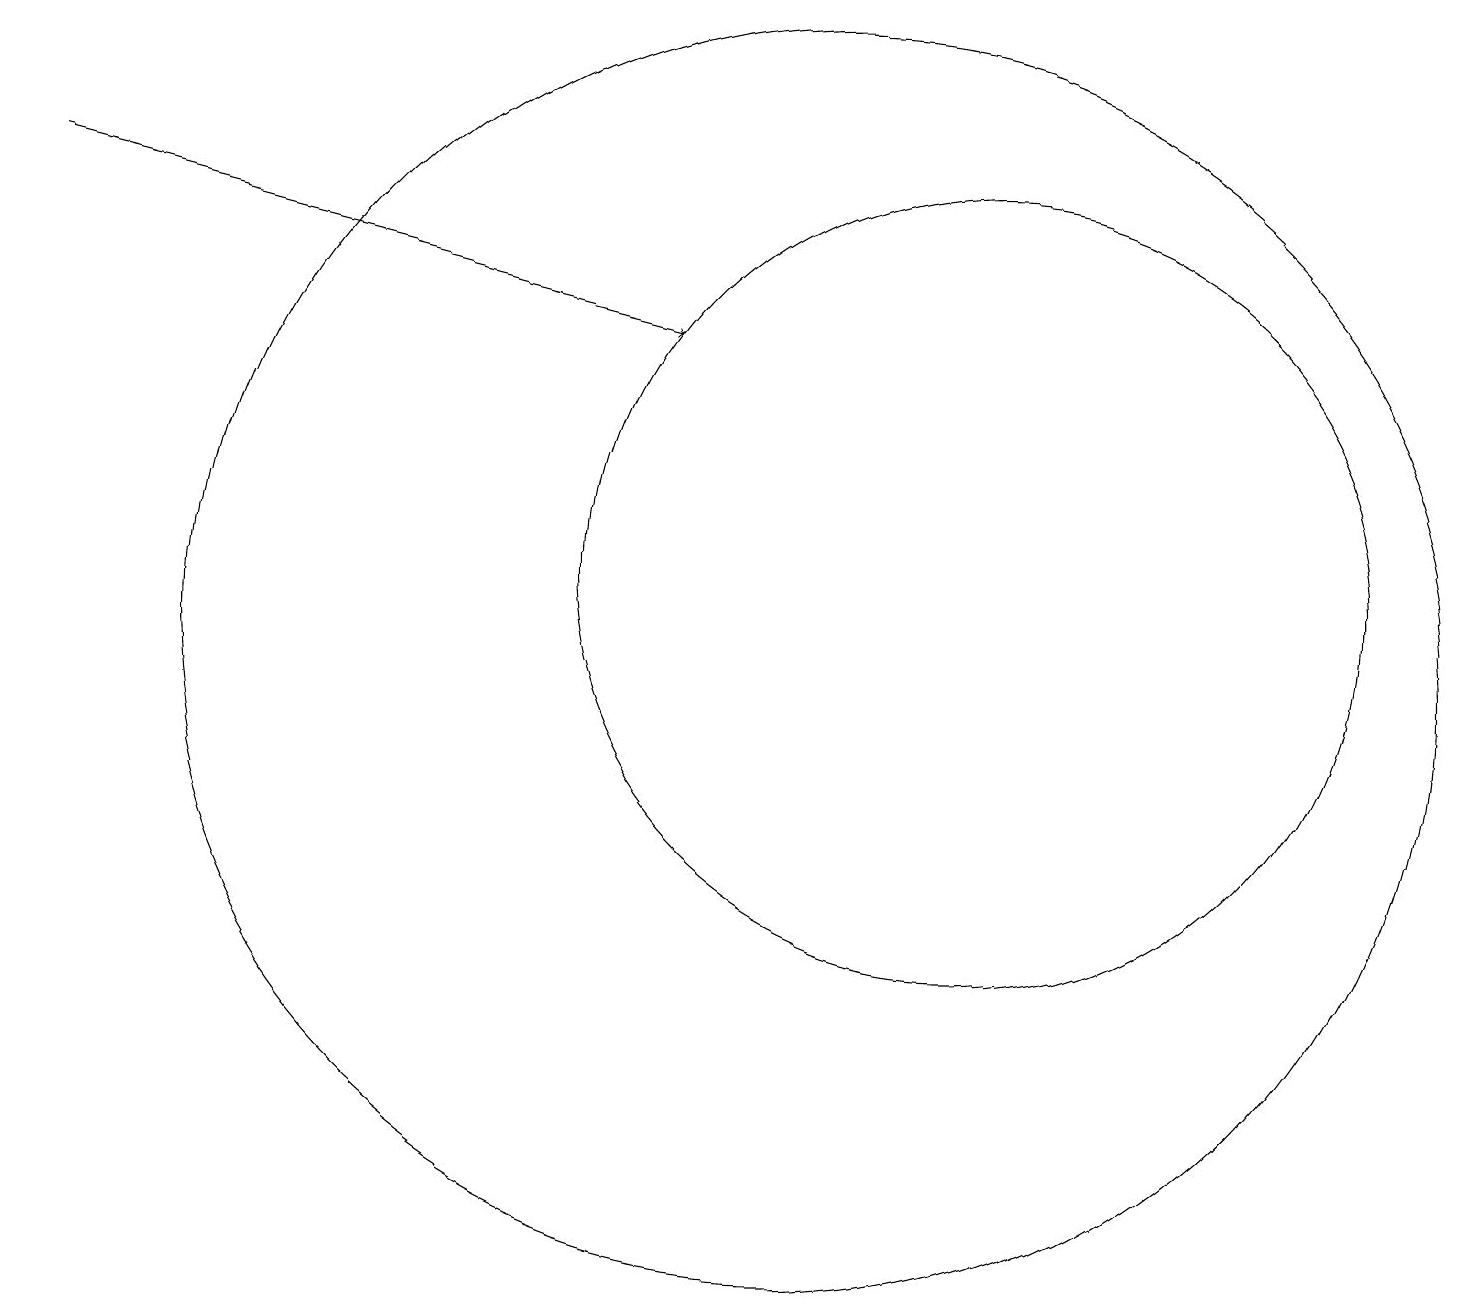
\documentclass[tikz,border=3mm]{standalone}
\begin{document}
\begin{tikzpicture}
\draw[->] (0,16) -- (8,14);
\draw (10,10) circle (8);
\draw (10,11) circle (0);
\draw (12,11) circle (5);
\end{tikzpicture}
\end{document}